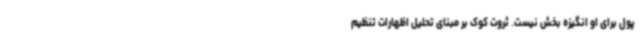
پول برای او انگیزه بخش نیست. ثروت کوک بر مبنای تحلیل اظهارات تنظیم